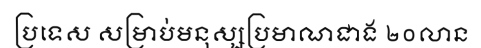
ប្រទេស សម្រាប់មនុស្សប្រមាណជាង ២០លាន